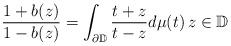
LaTeX: \begin{align*}\frac{1+b(z)}{1-b(z)}=\int_{\partial \mathbb{D}}\frac{t+z}{t-z}d\mu(t)\, z \in \mathbb{D} \end{align*}